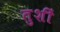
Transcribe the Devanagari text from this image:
तुशीं